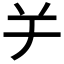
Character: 𦍍